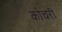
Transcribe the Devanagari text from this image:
कोचरी